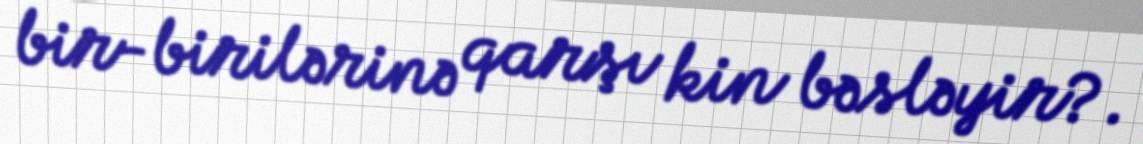
bir-birilərinə qarşı kin bəsləyir?.